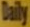
Daily